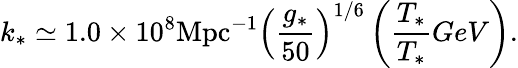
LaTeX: k_{*}\simeq 1.0\times 10^{8}\mathrm{Mpc}^{-1}\left(\frac{g_{*}}{50}\right)^{1/6}\left(\frac{T_{*}}{T_{*}}{GeV}\right).